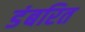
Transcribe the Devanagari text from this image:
डंबरित